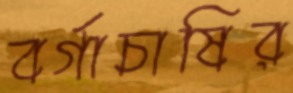
বর্গাচাষির